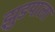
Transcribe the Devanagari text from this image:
झुडपाला